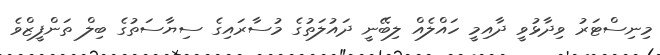
މިނިސްޓަރު ވިދާޅުވީ ދާއިމީ ހައްލެއް ލިބޭނީ ދައުލަތުގެ މުސާރައިގެ ސިޔާސަތުގެ ބިލް ތަންފީޒްވެ